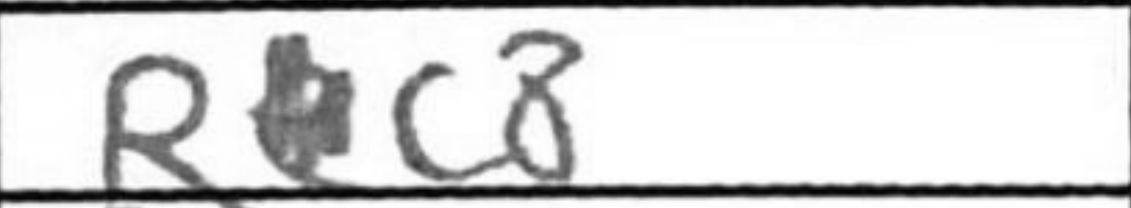
Transcription: Rc8